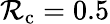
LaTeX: \mathcal{R}_{\mathrm{{c}}}=0.5